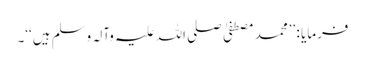
فرمایا : ’’محمد مصطفیٰ صلی اللہ علیہ وآلہ وسلم ہیں‘‘۔